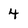
Character: 4